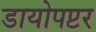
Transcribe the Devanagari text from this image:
डायोपप्टर